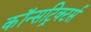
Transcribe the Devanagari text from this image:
कॉन्सट्रिक्टर्स